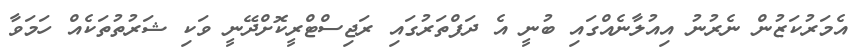
އެމަރުކަޒުން ނެރުނު އިއުލާނެއްގައި ބުނީ އެ ދަފްތަރުގައި ރަޖިސްޓްރީކޮށްދޭނީ ވަކި ޝަރުތުތަކެއް ހަމަވާ